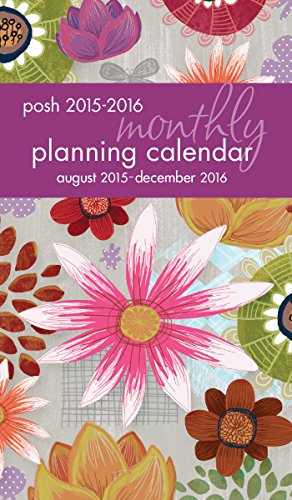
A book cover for Posh: Painter's Floral 2015-2016 Monthly Pocket Planning Calendar; Andrews McMeel Publishing LLC; Calendars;